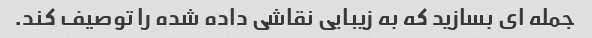
جمله ای بسازید که به زیبایی نقاشی داده شده را توصیف کند.